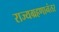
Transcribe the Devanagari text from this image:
राज्यग्रहणानंतर